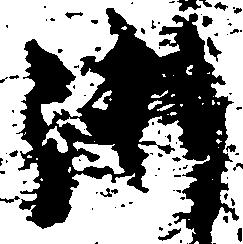
御